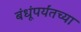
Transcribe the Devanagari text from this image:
बंधूंपर्यंतच्या